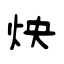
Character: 炴